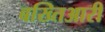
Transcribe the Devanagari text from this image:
बख्तिआरी